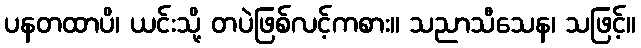
ပနတထာပိ၊ ယင်းသို့ တပဲဖြစ်လင့်ကစား။ သညာသီသေန၊ သဖြင့်။